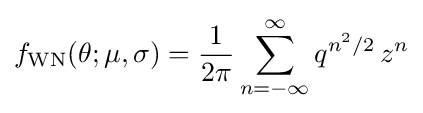
f_{\text{WN}}(\theta ;\mu ,\sigma )={\frac {1}{2\pi }}\sum _{n=-\infty }^{\infty }q^{n^{2}/2}\,z^{n}